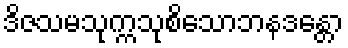
ဒိဇသမသုက္ကသုစိသောဘနဒန္တော